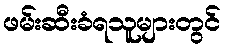
ဖမ်းဆီးခံရသူများတွင်